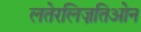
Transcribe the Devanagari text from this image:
लतेरलिज़तिओन